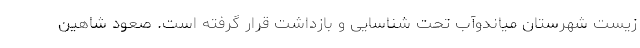
زیست شهرستان میاندوآب تحت شناسایی و بازداشت قرار گرفته است. صعود شاهین